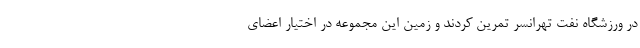
در ورزشگاه نفت تهرانسر تمرین کردند و زمین این مجموعه در اختیار اعضای